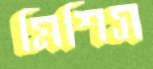
মিশিস